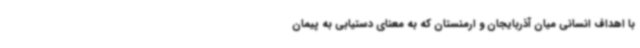
با اهداف انسانی میان آذربایجان و ارمنستان که به معنای دستیابی به پیمان